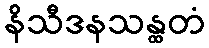
နိသီဒနသန္ထတံ